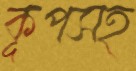
কূপসহ